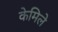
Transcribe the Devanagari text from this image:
केमिले